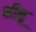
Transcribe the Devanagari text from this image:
शीबू